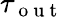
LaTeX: \tau_{\mathrm{~o~u~t~}}